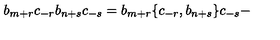
b _ { m + r } c _ { - r } b _ { n + s } c _ { - s } = b _ { m + r } \lbrace c _ { - r } , b _ { n + s } \rbrace c _ { - s } -